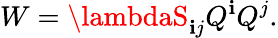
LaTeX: W=\lambdaS_{\mathbf{i}j}Q^{\mathbf{i}}Q^{j}.